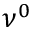
\nu ^ { 0 }